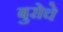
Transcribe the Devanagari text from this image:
बुरोचे